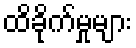
ထိခိုက်မှုများ